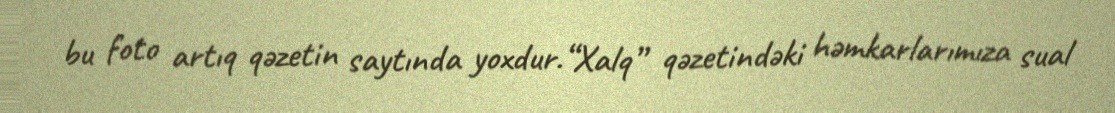
bu foto artıq qəzetin saytında yoxdur.“Xalq” qəzetindəki həmkarlarımıza sual